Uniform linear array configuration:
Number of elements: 24
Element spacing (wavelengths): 0.25
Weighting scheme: kaiser
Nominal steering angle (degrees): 45
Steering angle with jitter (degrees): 45.355
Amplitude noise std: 0.05
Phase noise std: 0.05

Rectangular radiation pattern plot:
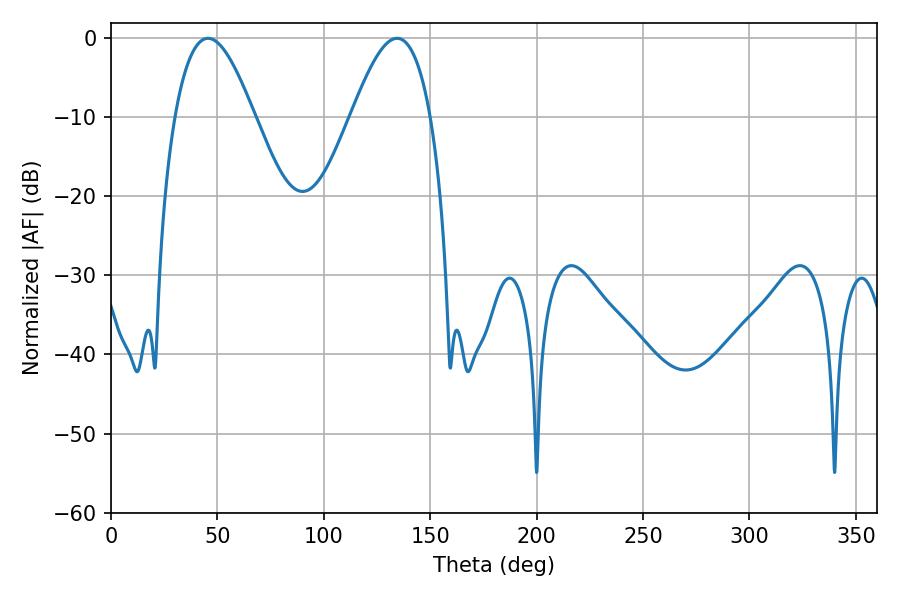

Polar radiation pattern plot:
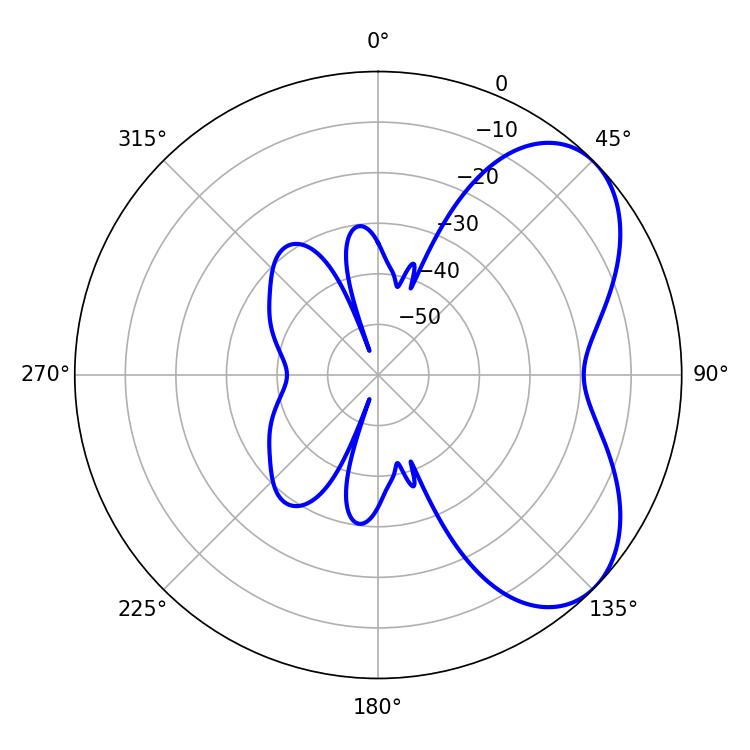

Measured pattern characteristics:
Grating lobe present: FALSE
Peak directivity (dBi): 5.481
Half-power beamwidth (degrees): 20.34
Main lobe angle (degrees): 45.54